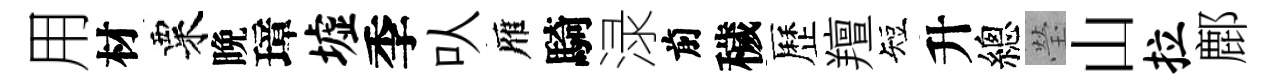
用材粟晩璋墟季㕥雁騎渌前穢歷羶短升總瑩山拉鄜